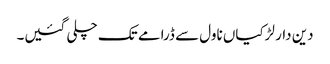
دین دار لڑکیاں ناول سے ڈرامے تک چلی گئیں۔